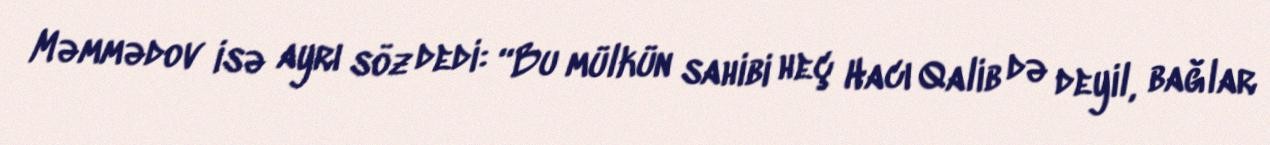
Məmmədov isə ayrı söz dedi: “Bu mülkün sahibi heç Hacı Qalib də deyil, bağlar